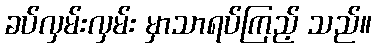
ခပ်လှမ်းလှမ်း မှာသာရပ်ကြည့် သည်။